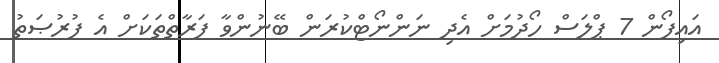
އައިފޯން 7 ޕްލަސް ހޯދުމަށް އެދި ނަންނޯޓްކުރަން ބޭނުންވާ ފަރާތްތަކަށް އެ ފުރުޞަތު